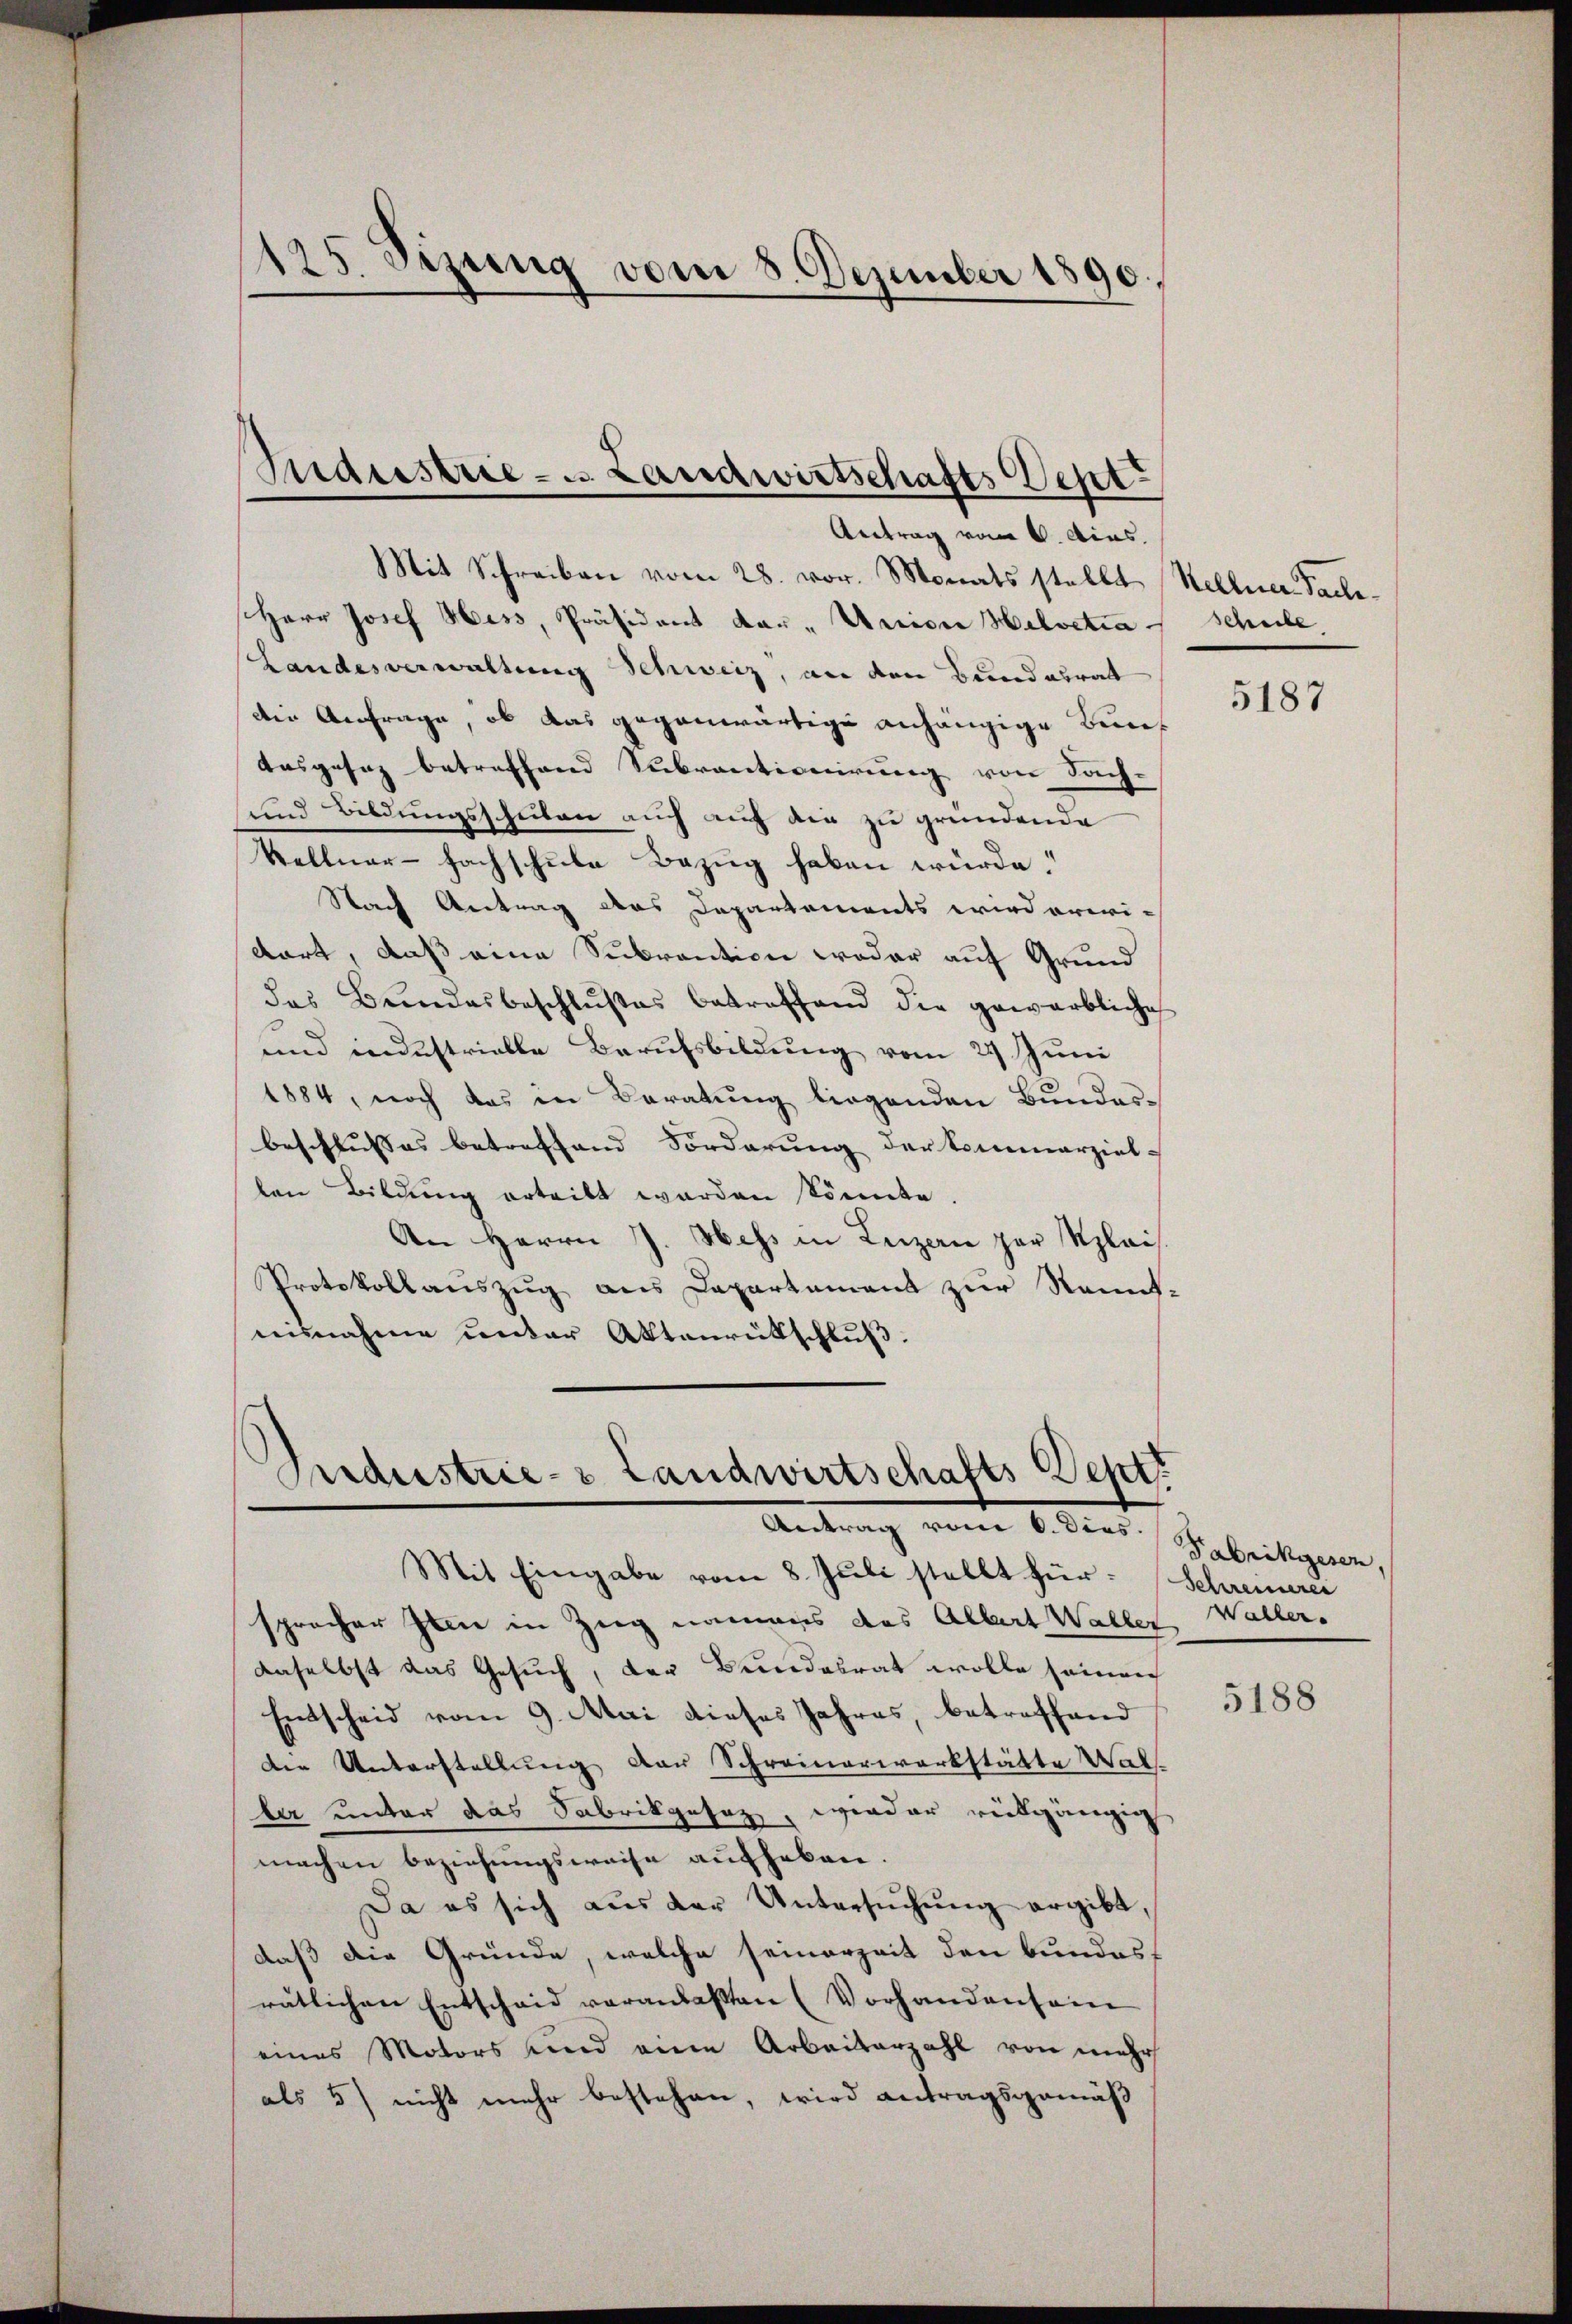
2
5. Sizung vom 8. Dezember 1890.

Mit Schreiben vom 28. vor. Monats stellt Hellence Sache
Herr Josef Hess, Präsident dar - Union Helvetia Schule,
Landesverwaltung Schweiz, an den Bund abrat
die Anfrage, ob das gegenwärtige anhängige Bun¬
Ausgesez betreffend Subventionirung von Sach-
und Bildungsschulen auch auf die zu gründende
Kellner-Fachschule Bezug haben würde.
Nach Antrag des Departements wird erwi-
dort, daß eine Subvention weder auf Grund
das Beendesbeschlußes betreffend die gewerbliche
und industrielle Berufsbildung vom 29 Juni
1884, noch das in Beratung liegenden Bundesbeschlusses betreffend Forderung der kommerziel-
len Bildung erteilt worden könnte.
An Herrn J. Wehs in Luzern zur Klais.
Protokollauszug aus Departement zur Kennt-
nisnahme unter Aktenrütschluß.

Sudsestrie - u. Landwirtschafts Sept.
Antrag vom 6. Dies

Industrie- & Landwirtschafts Deptt
Antrag von 1. Dies Gebreitigen,
Mit Eingabe vom 8. Juli stellt für Schreinerer

sprocher sein in Zug namens das Albert Waller Waller.
daselbst das Gesuch, das Bundesrat wolle seinen
Entscheid vom 9. Mai dieses Jahres, betreffend
die Unterstellung der Schreinerwerkstätte Waller unter das Sabrikgesag, wieder vielgängig
machen beziehungsweise aufheben.
Da es sich aus der Untersŭchŭng ergibt,
daß die Gründe, welche seinerzeit den bundes-
rätlichen Entscheid veranlaßten (Vorhandensein
eines Motors und eine Arbeiterzahl von mehr
als 5) nicht mehr bestehen, wird antragsgemäß

5187

5188